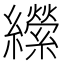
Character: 𦇝